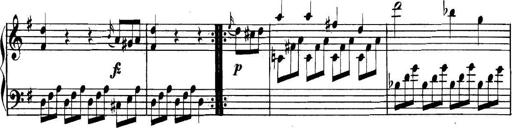
Title: Collected Piano Sonatas
Composer: Muzio Clementi